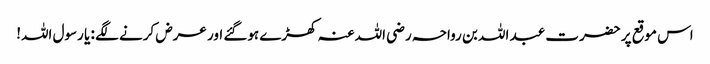
اس موقع پر حضرت عبد اللہ بن رواحہ رضی اللہ عنہ کھڑے ہوگئے اور عرض کرنے لگے : یا رسول اللہ!